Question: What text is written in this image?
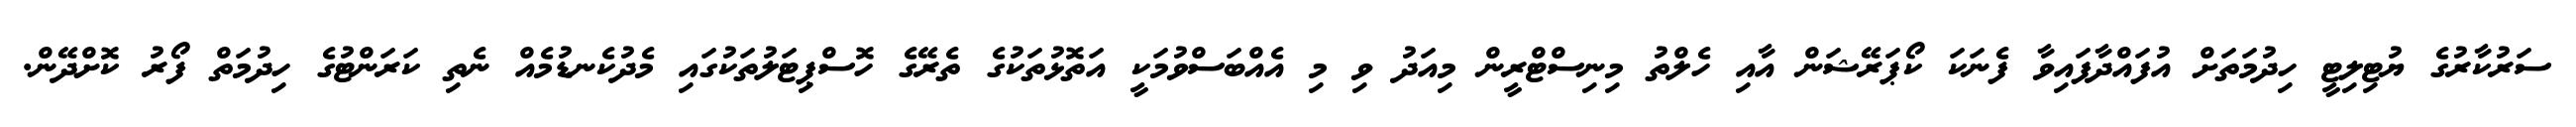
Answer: ސަރުކާރުގެ ޔުޓިލިޓީ ހިދުމަތަށް އުފައްދާފައިވާ ފެނަކަ ކޯޕަރޭޝަން އާއި ހެލްތު މިނިސްޓްރީން މިއަދު ވި މި އެއްބަސްވުމަކީ އަތޮޅުތަކުގެ ތެރޭގެ ހޮސްޕިޓަލުތަކުގައި މެދުކެނޑުމެއް ނެތި ކަރަންޓުގެ ހިދުމަތް ފޯރު ކޮށްދޭން.